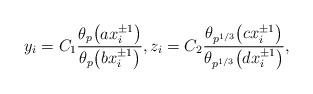
LaTeX: \begin{gather*}y_i = C_1\frac{\theta_p\big(a x_i^{\pm 1}\big)}{\theta_p\big(b x_i^{\pm 1}\big)},z_i = C_2\frac{\theta_{p^{1/3}}\big(c x_i^{\pm 1}\big)}{\theta_{p^{1/3}}\big(d x_i^{\pm 1}\big)},\end{gather*}